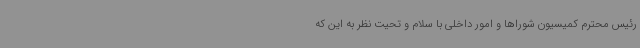
رئیس محترم کمیسیون شوراها و امور داخلی با سلام و تحیت نظر به این که